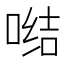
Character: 𭉗